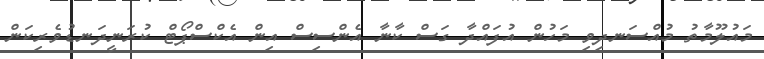
މައުލޫމާތު މުއްސަނދިވި މަހުން އުފައްދާ ގަސް ކާނާ އެންސިސް އިން އެކްސްޕޯޓް ކުރަނީދަނޑުވެރިކަން